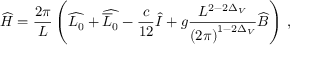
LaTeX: \widehat { H } = \frac { 2 \pi } { L } \left( \widehat { L _ { 0 } } + \widehat { \overline { { { L } } } _ { 0 } } - \frac { c } { 1 2 } \widehat { I } + g \frac { L ^ { 2 - 2 \Delta _ { V } } } { \left( 2 \pi \right) ^ { 1 - 2 \Delta _ { V } } } \widehat { B } \right) \: ,